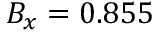
B _ { x } = 0 . 8 5 5